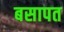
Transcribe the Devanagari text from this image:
बसापत